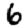
Digit: 6